Annual report of the Punjab Veterinary College and of the Civil Veterinary Department, Punjab - 1909-1919
Year: 1909
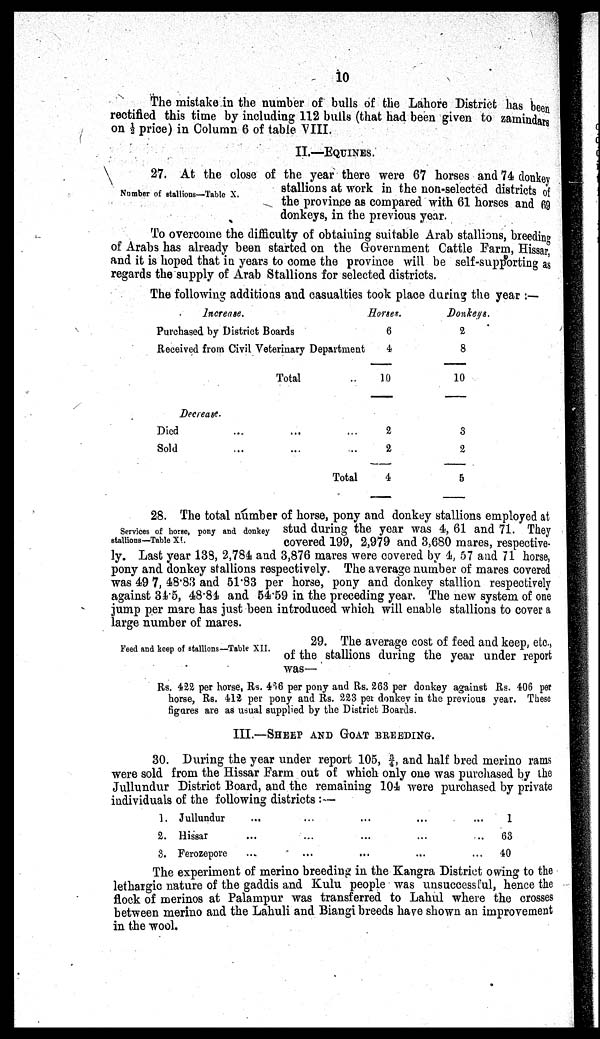
10
The mistake in the number of bulls of the Lahore District has been
rectified this time by including 112 bulls (that had been given to zamindars
on ½ price) in Column 6 of table VIII.
II.—EQUINES.
Number of stallions—Table X.
27. At the close of the year there were 67 horses and 74 donkey
stallions at work in the non-selected districts of
the province as compared with 61 horses and 69
donkeys, in the previous year.
To overcome the difficulty of obtaining suitable Arab stallions, breeding
of Arabs has already been started on the Government Cattle Farm, Hissar,
and it is hoped that in years to come the province will be self-supporting as
regards the supply of Arab Stallions for selected districts.
The following additions and casualties took place during the year :—
Increase.
Purchased by District Boards
Received from Civil Veterinary Department
Total ..
Horses.
6
4
10
Donkeys.
2
8
10
Decrease.
Died ...
Sold ...
... ...
... ...
Total
2
2
4
3
2
5
Services of horse, pony and donkey
stallions—Table XI.
28. The total number of horse, pony and donkey stallions employed at
stud during the year was 4, 61 and 71. They
covered 199, 2,979 and 3,680 mares, respective-
ly. Last year 133,2,784 and 3,876 mares were covered by 4, 57 and 71 horse,
pony and donkey stallions respectively. The average number of mares covered
was 49 7, 48.83 and 51.83 per horse, pony and donkey stallion respectively
against 34.5, 48.84 and 54.59 in the preceding year. The new system of one
jump per mare has just been introduced which will enable stallions to cover a
large number of mares.
Feed and keep of stallions—Table XII.
29. The average cost of feed and keep, etc.,
of the stallions during the year under report
was—
Rs. 422 per horse, Rs. 486 per pony and Rs. 263 per donkey against Rs. 406 per
horse, Rs. 412 per pony and Rs. 223 per donkey in the previous year. These
figures are as usual supplied by the District Boards.
III.—SHEEP AND GOAT BREEDING.
30. During the year under report 105, ¾, and half bred merino rams
were sold from the Hissar Farm out of which only one was purchased by the
Jullundur District Board, and the remaining 104 were purchased by private
individuals of the following districts :—
1.
2.
3.
Jullundur
Hissar
Ferozepore
... ... ...
... ... ...
... ... ...
... 1
...
63
... 40
The experiment of merino breeding in the Kangra District owing to the
lethargic nature of the gaddis and Kulu people was unsuccessful, hence the
flock of merinos at Palampur was transferred to Lahul where the crosses
between merino and the Lahuli and Biangi breeds have shown an improvement
in the wool.